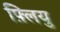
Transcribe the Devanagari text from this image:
फ़्लियु